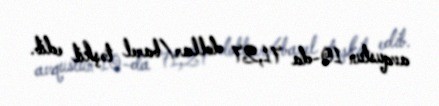
avqustun 10-da 71,27 dollar/barel təşkil edib.